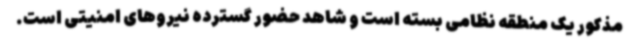
مذکور یک منطقه نظامی بسته است و شاهد حضور گسترده نیروهای امنیتی است.